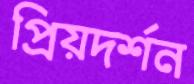
প্রিয়দর্শন